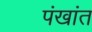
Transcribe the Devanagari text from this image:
पंखांत